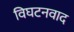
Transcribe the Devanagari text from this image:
विघटनवाद